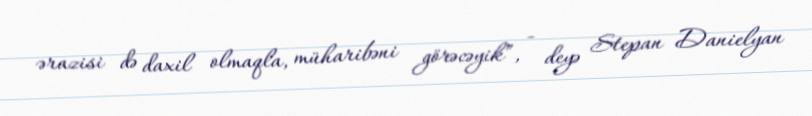
ərazisi də daxil olmaqla, müharibəni görəcəyik”, - deyə Stepan Danielyan